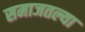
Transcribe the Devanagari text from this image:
समाजतल्या